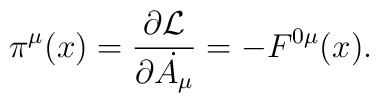
\pi^\mu(x) = \frac{\partial {\cal{L}}}{\partial \dot{A_\mu}}=-F^{0\mu}(x).